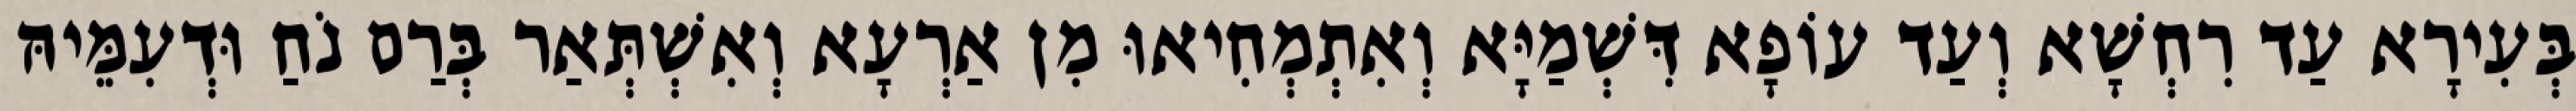
בְּעִירָא עַד רִחְשָׁא וְעַד עוֹפָא דִּשְׁמַיָּא וְאִתְמְחִיאוּ מִן אַרְעָא וְאִשְׁתְּאַר בְּרַם נֹחַ וּדְעִמֵּיהּ